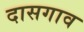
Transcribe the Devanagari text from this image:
दासगाव